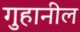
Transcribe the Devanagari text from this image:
गुहानील